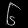
Digit: ၆